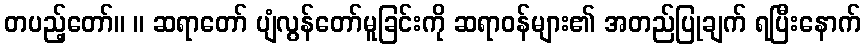
တပည့်တော်။ ။ ဆရာတော် ပျံလွန်တော်မူခြင်းကို ဆရာဝန်များ၏ အတည်ပြုချက် ရပြီးနောက်